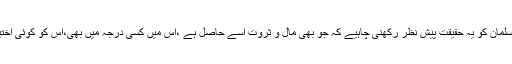
اب ہر مسلمان کو یہ حقیقت پیش نظر رکھنی چاہیے کہ جو بھی مال و ثروت اسے حاصل ہے ،اس میں کسی درجہ میں بھی،اس کو کوئی اختیار نہیں۔